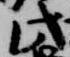
此